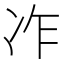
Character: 𠖽